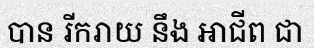
បាន រីករាយ នឹង អាជីព ជា